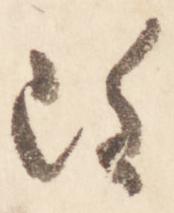
雖